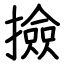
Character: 撿